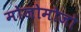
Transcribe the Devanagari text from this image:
मोजोमोजो